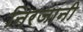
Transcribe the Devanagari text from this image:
निरजानी